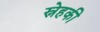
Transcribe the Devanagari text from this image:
स्नेहकी